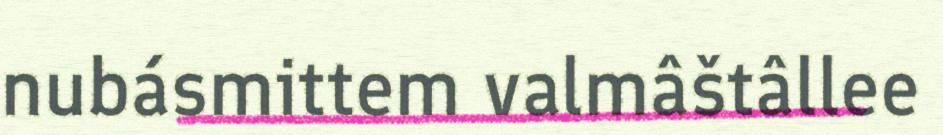
nubásmittem valmâštâllee